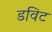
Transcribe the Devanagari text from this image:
डविट